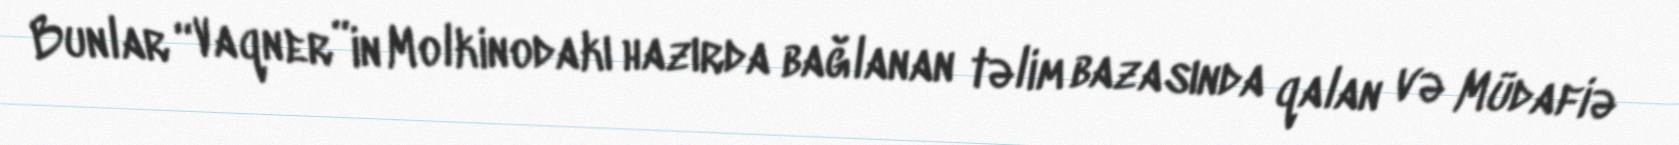
Bunlar “Vaqner”in Molkinodakı hazırda bağlanan təlim bazasında qalan və Müdafiə